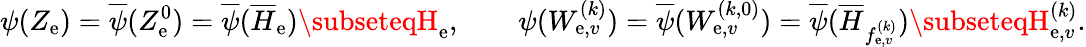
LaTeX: \psi(Z_{\mathrm{e}})=\overline{{{\psi}}}(Z_{\mathrm{e}}^{0})=\overline{{{\psi}}}(\overline{{{H}}}_{\mathrm{e}})\subseteqH_{\mathrm{e}},\qquad\psi(W_{\mathrm{e},v}^{(k)})=\overline{{{\psi}}}(W_{\mathrm{e},v}^{(k,0)})=\overline{{{\psi}}}(\overline{{{H}}}_{f_{\mathrm{e},v}^{(k)}})\subseteqH_{\mathrm{e},v}^{(k)}.